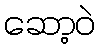
ဆော့ဝဲ